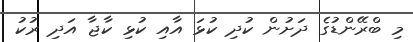
މި ބްރޭންޑުގެ ދަށުން ކުދި ކުޅަ އާއި ކުޅި ކާޖާ އަދި ރުކު